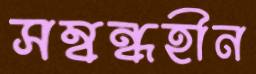
সম্বন্ধহীন